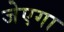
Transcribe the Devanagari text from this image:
जेएगा